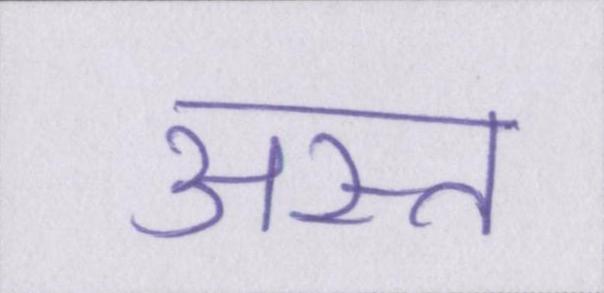
अस्त